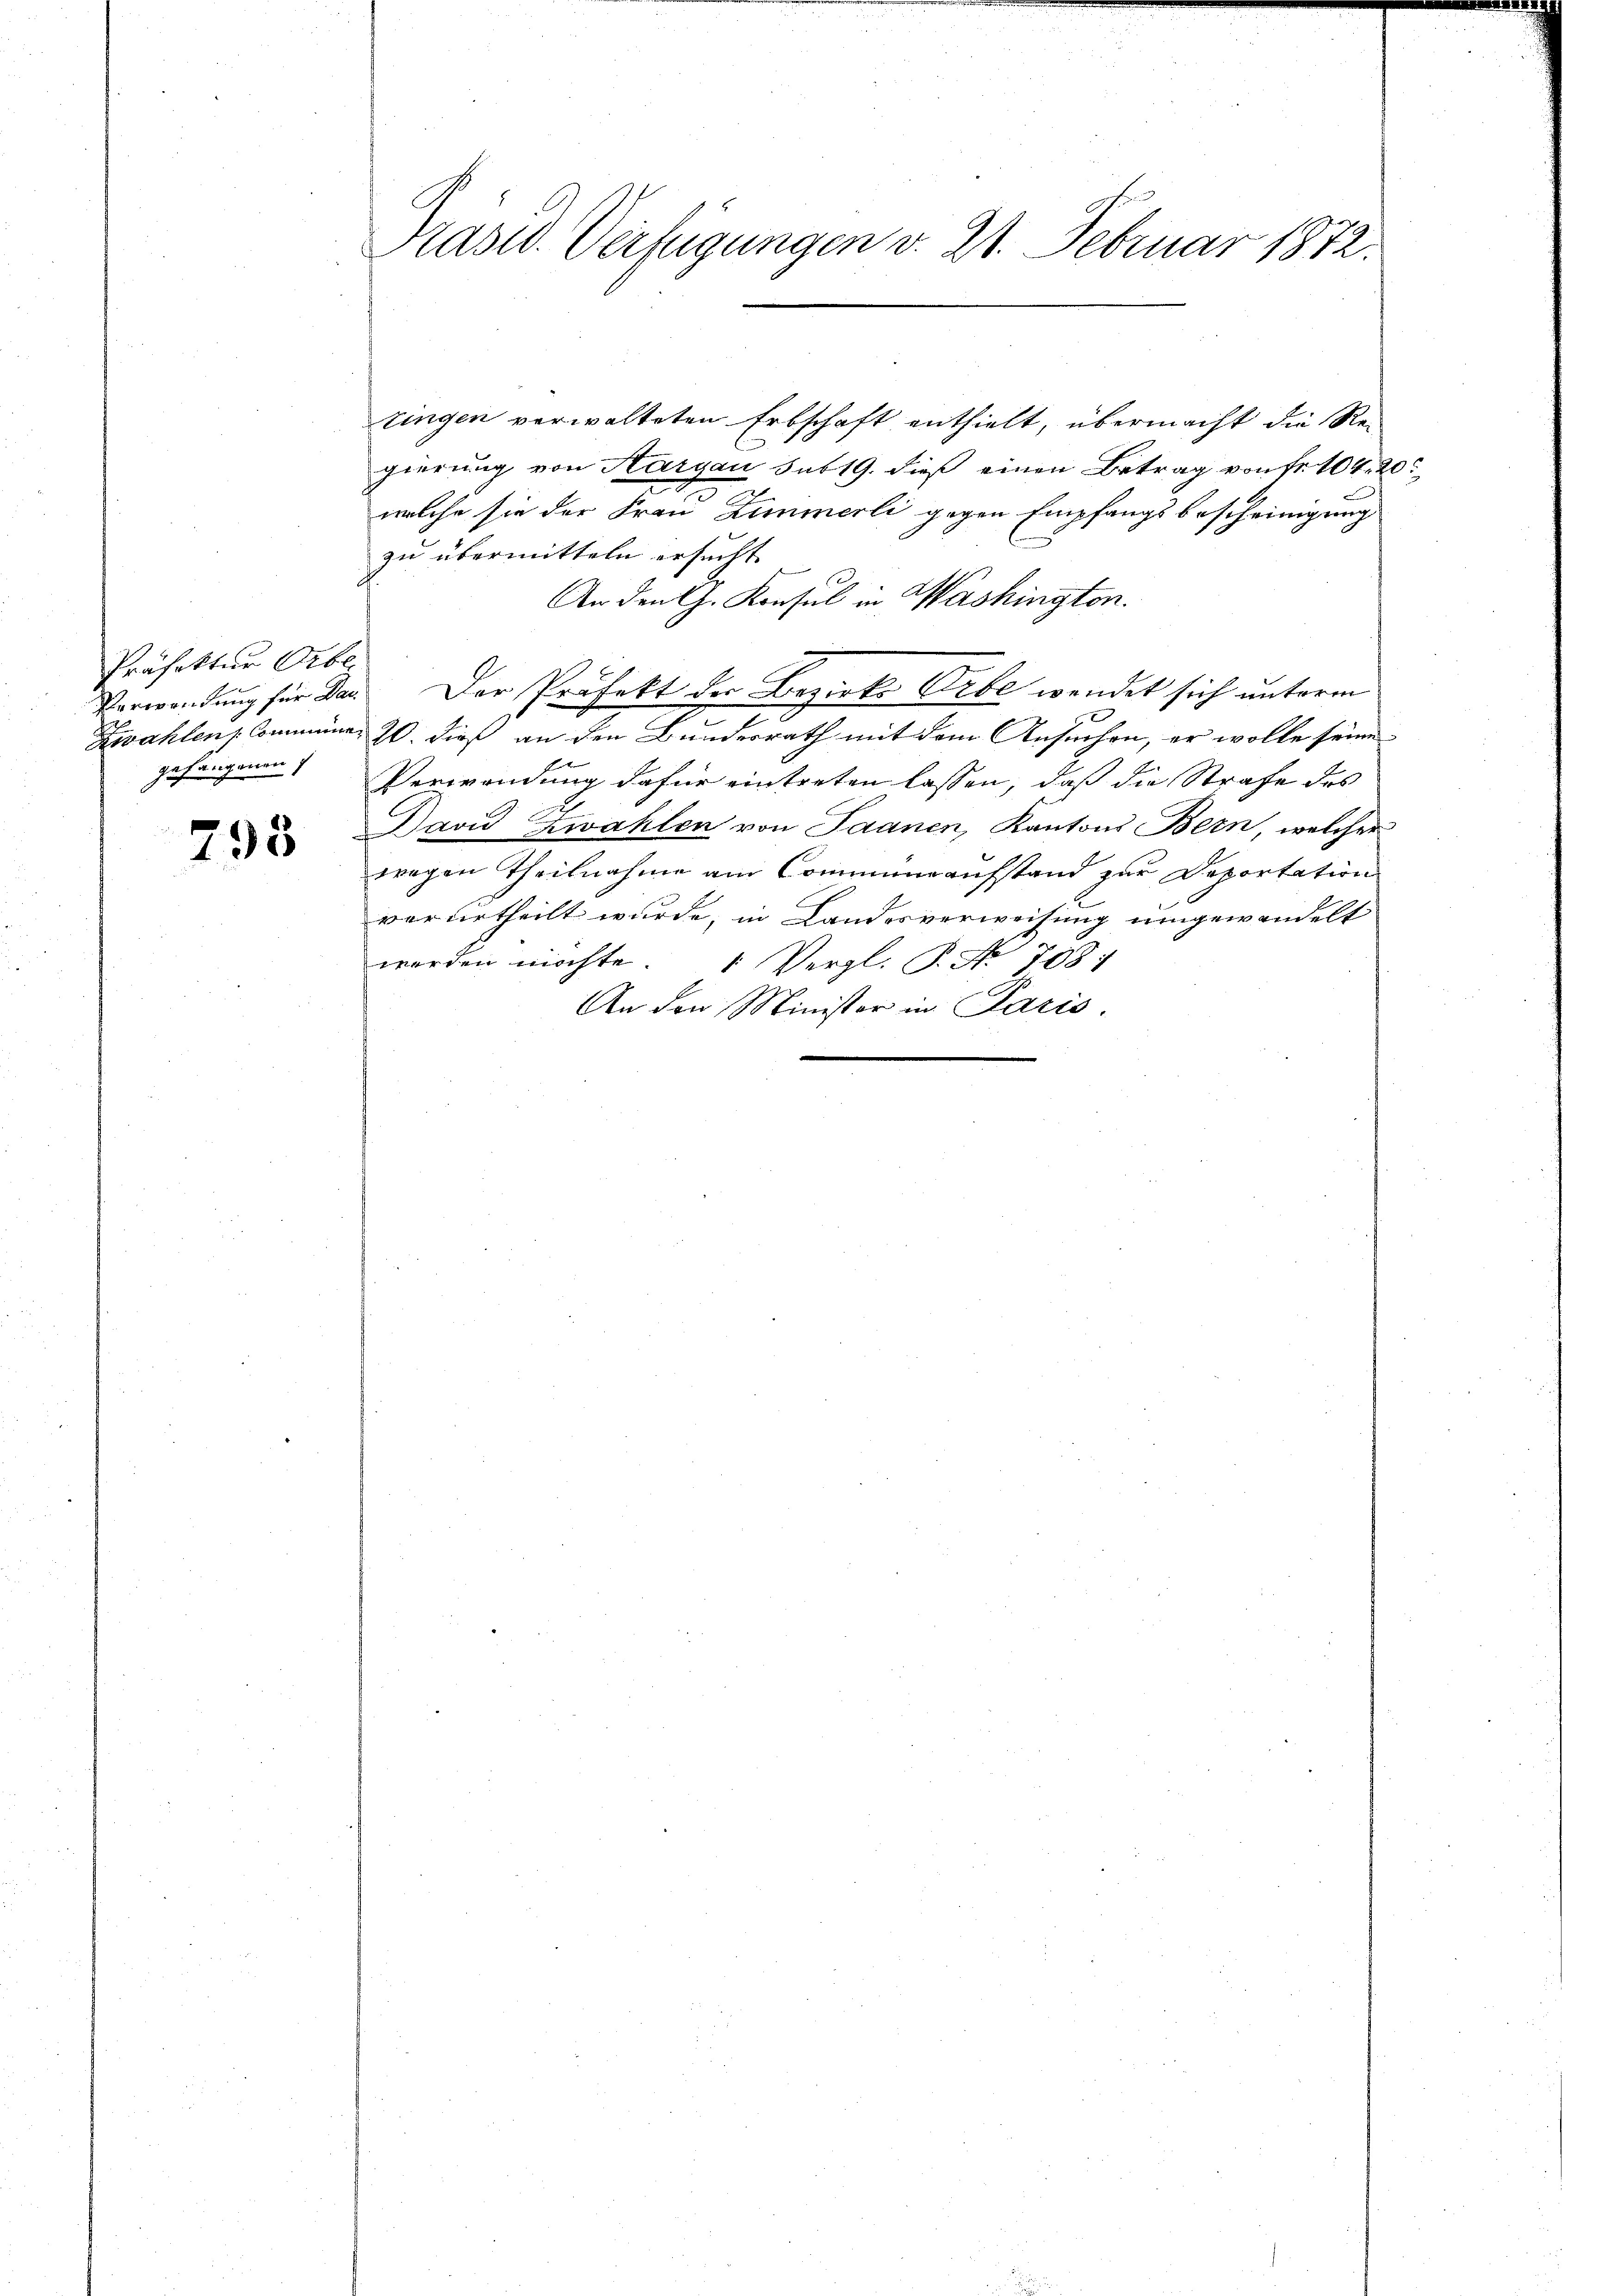
Präfektur Obe
Verwendung für Dau
gehängenen

795

Präsid. Verfügungen v. 21. Februar 1872.

zingen verwalteten Erbschaft enthielt, übermacht die Regierung von Aargau sub 19. dieß einen Betrag von Fr. 104. 20
welche sie der Frau Zimmerli gegen Empfangsbescheinigung
zu übermitteln ersucht.
An den Ch. Konsul in Washingten.
Der Präfekt der Bezirks Erbe wendet sich unterm
Zwahlen Commünen 20. dieß an den Bundesrath mit dem Ansuchen, er wolle seine
Verwendung dafür eintreten lassen, daß die Strafe des
David Zwahlen von Saanen, Kantons Bern, welcher
wegen Theilnahme am Communaufstand zur Deportation
verurtheilt wurde, in Landesverweisung umgewandelt
worden möchte. " Vergl. P. Nr. 708:
An den Minister in Paris.